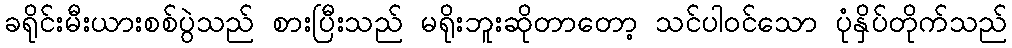
ခရိုင်းမီးယားစစ်ပွဲသည် စားပြီးသည် မရိုးဘူးဆိုတာတော့ သင်ပါဝင်သော ပုံနှိပ်တိုက်သည်